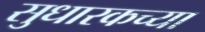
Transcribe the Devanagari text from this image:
सुधारकच्या